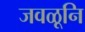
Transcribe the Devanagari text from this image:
जवळूनि